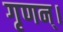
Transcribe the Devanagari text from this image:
गृणन्।